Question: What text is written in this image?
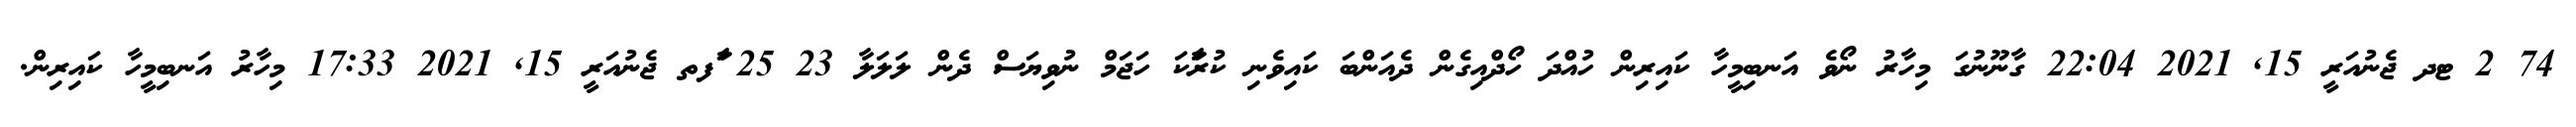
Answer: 74 2 ޓދ ޖެނުއަރީ 15, 2021 22:04 ގާނޫނުގަ މިހާރު ނޯވެ އަނބިމީހާ ކައިރިން ހުއްދަ ހޯދްއިގެން ދެއަންބަ ކައިވެނި ކުރަާކަ ހަޖަމް ނުވިޔަސް ދެން ލަލަލާ 23 25 ާަފތ ޖެނުއަރީ 15, 2021 17:33 މިހާރު އަނބިމީހާ ކައިރިން.